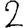
Digit: 2